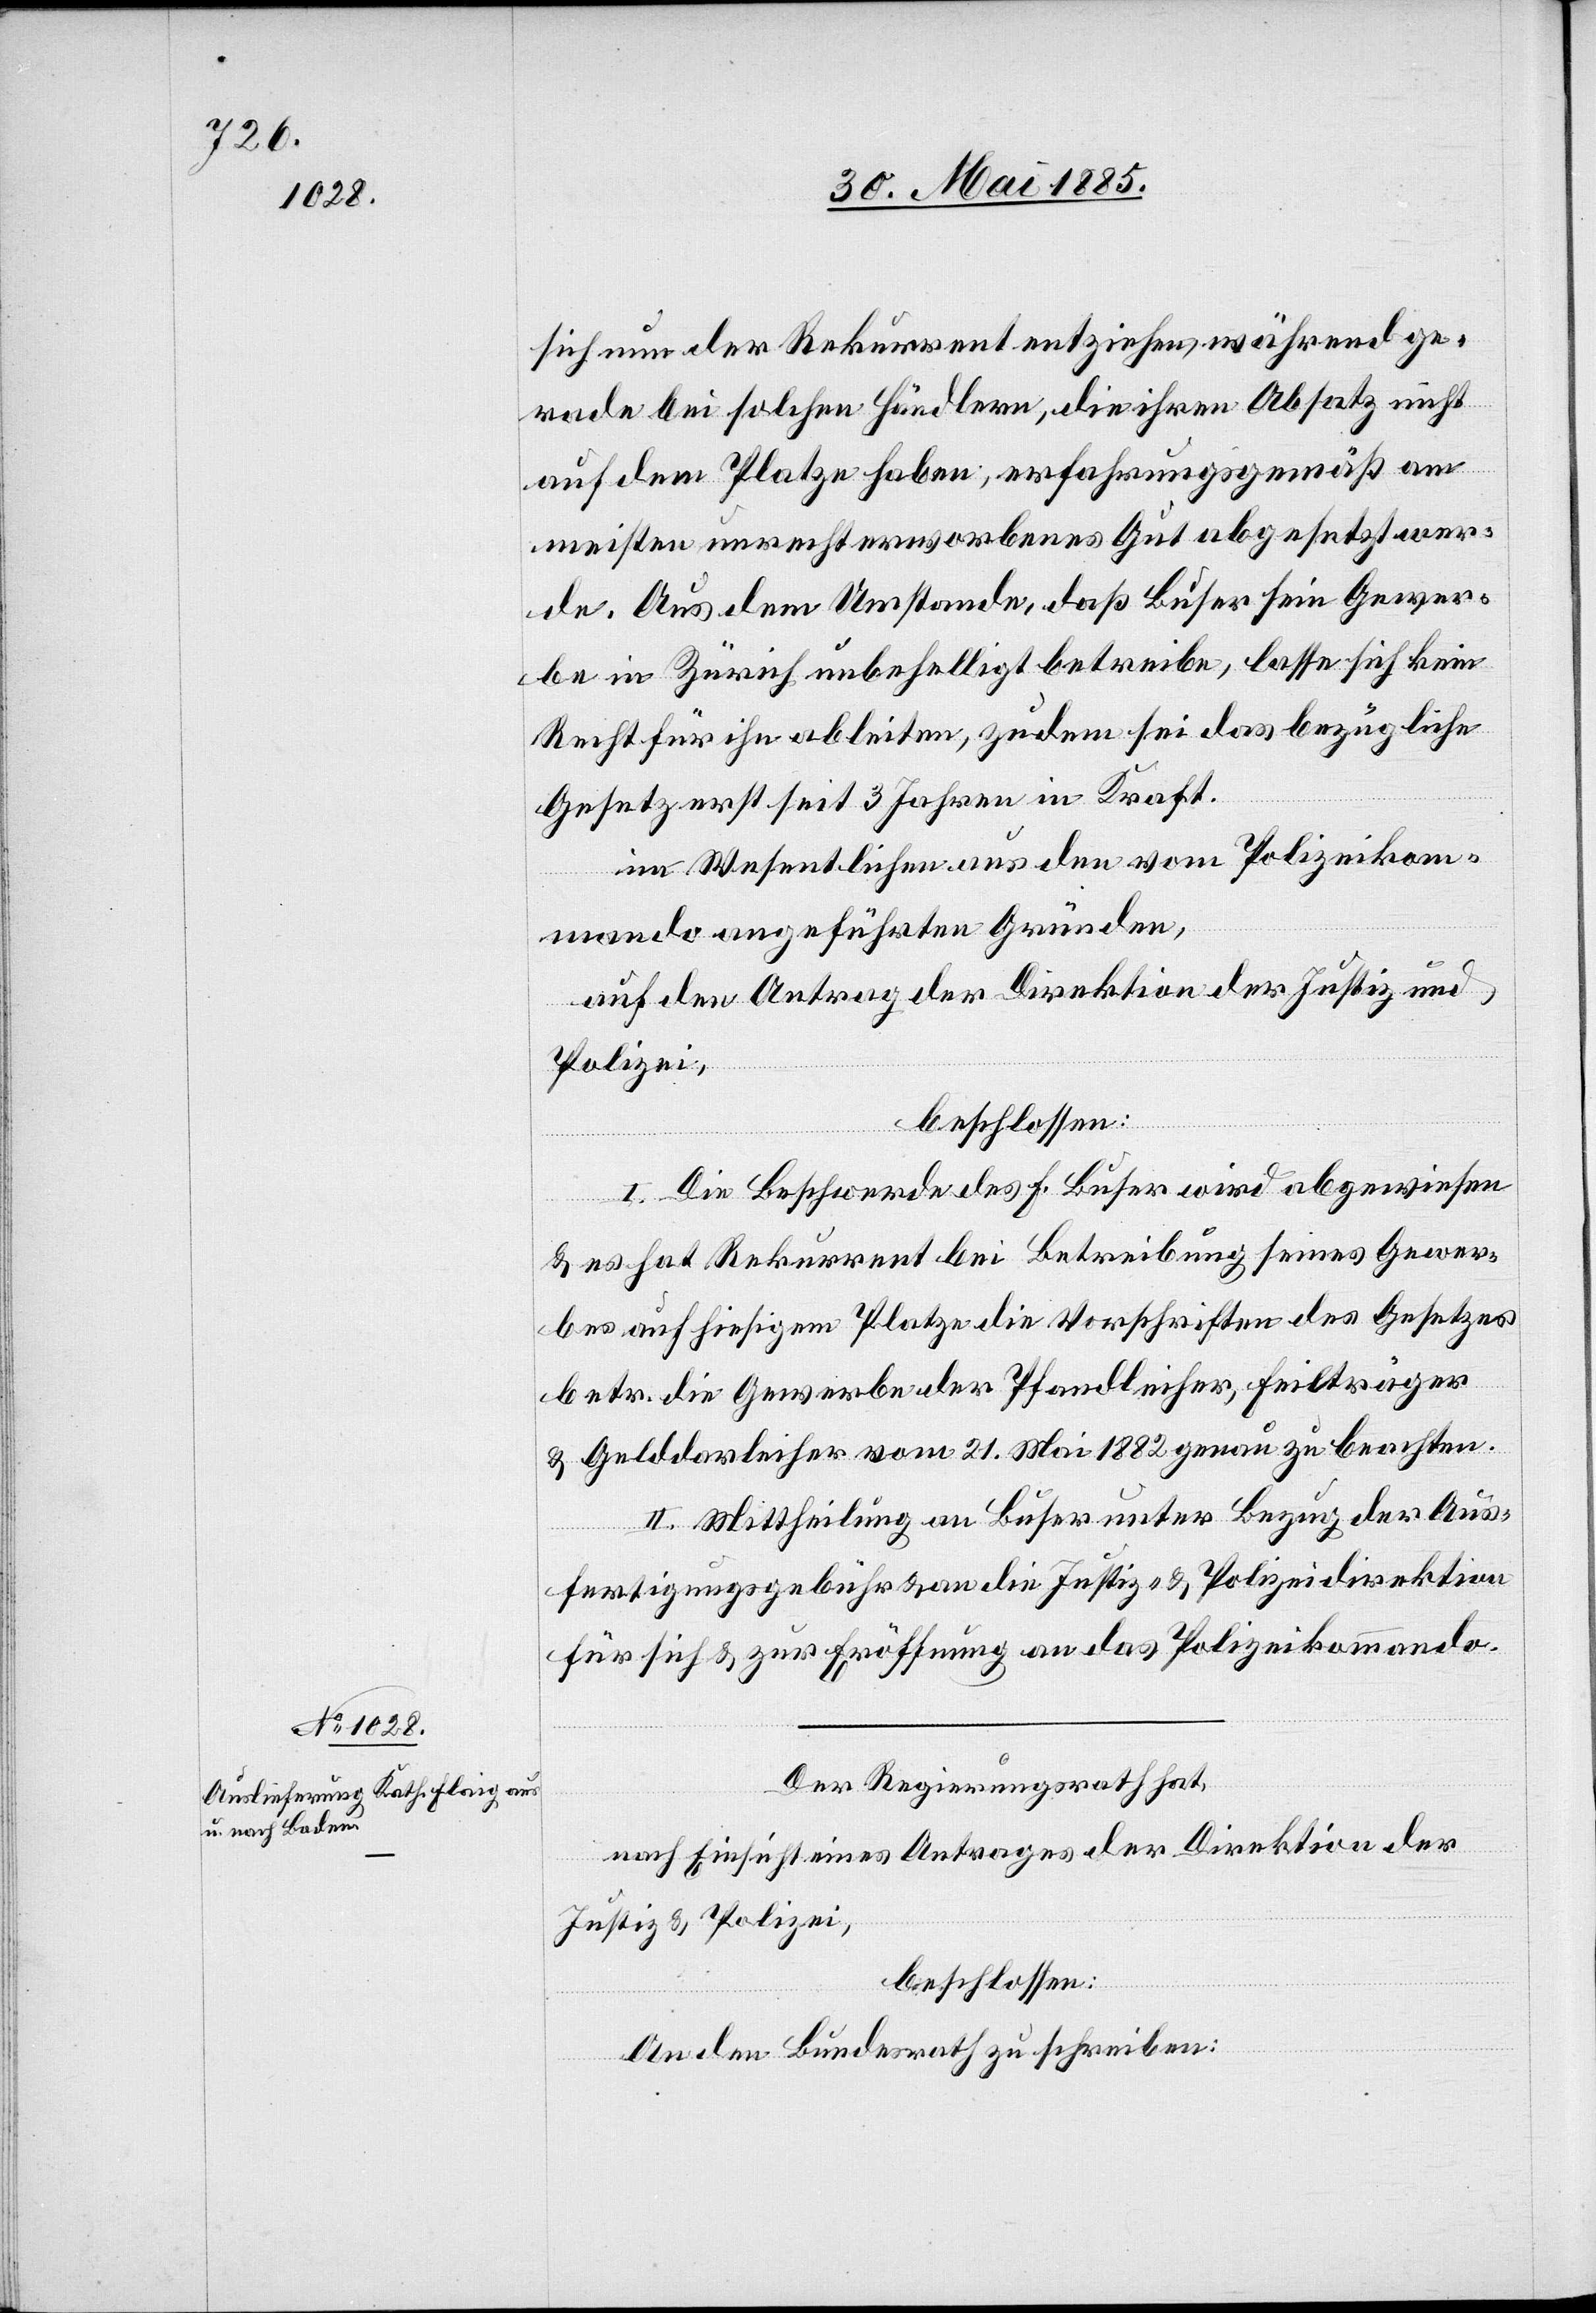
sich nun der Rekurrent entziehen, während ge¬
rade bei solchen Händlern, die ihren Absatz nicht
auf dem Platze haben, erfahrungsgemäß am
meisten unrecht erworbenes Gut abgesetzt wer¬
de. Aus dem Umstande, daß Buser sein Gewer¬
be in Zürich unbehelligt betreibe, lasse sich kein
Recht für ihn ableiten, zudem sei das bezügliche
Gesetz erst seit 3 Jahren in Kraft.
Im Wesentlichen aus den vom Polizeikom¬
mando angeführten Gründen,
auf den Antrag der Direktion der Justiz und
Polizei,
beschlossen:
I. Die Beschwerde des F. Buser wird abgewiesen
& es hat Rekurrent bei Betreibung seines Gewer¬
bes auf hiesigem Platze die Vorschriften des Gesetzes
betr. die Gewerbe der Pfandleiher, Feilträger
& Gelddarleiher vom 21. Mai 1882 genau zu beachten.
II. Mittheilung an Buser unter Bezug der Aus¬
fertigungsgebühr & an die Justiz- & Polizeidirektion
für sich & zur Eröffnung an das Polizeikommando.
Der Regierungsrath hat,
nach Einsicht eines Antrages der Direktion der
Justiz & Polizei,
beschlossen:
An den Bundesrath zu schreiben: